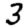
Digit: 3